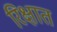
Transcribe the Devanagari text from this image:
रिक्षात